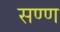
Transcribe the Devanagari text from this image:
सण्ण